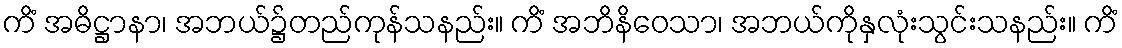
ကိံ အဓိဋ္ဌာနာ၊ အဘယ်၌တည်ကုန်သနည်း။ ကိံ အဘိနိဝေသာ၊ အဘယ်ကိုနှလုံးသွင်းသနည်း။ ကိံ